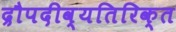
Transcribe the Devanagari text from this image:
द्रौपदीव्यतिरिक्त